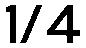
1/4